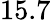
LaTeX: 15.7